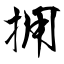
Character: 拥